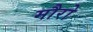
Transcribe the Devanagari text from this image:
मौरो